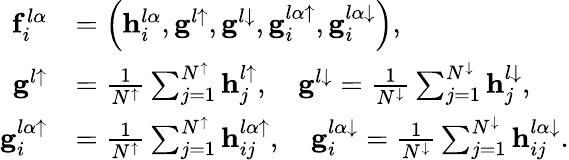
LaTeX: \begin{array}{rl}{\mathbf{f}_{i}^{l\alpha}}&{=\left(\mathbf{h}_{i}^{l\alpha},\mathbf{g}^{l\uparrow},\mathbf{g}^{l\downarrow},\mathbf{g}_{i}^{l\alpha\uparrow},\mathbf{g}_{i}^{l\alpha\downarrow}\right),}\\ {\mathbf{g}^{l\uparrow}}&{=\frac{1}{N^{\uparrow}}\sum_{j=1}^{N^{\uparrow}}\mathbf{h}_{j}^{l\uparrow},\quad\mathbf{g}^{l\downarrow}=\frac{1}{N^{\downarrow}}\sum_{j=1}^{N^{\downarrow}}\mathbf{h}_{j}^{l\downarrow},}\\ {\mathbf{g}_{i}^{l\alpha\uparrow}}&{=\frac{1}{N^{\uparrow}}\sum_{j=1}^{N^{\uparrow}}\mathbf{h}_{ij}^{l\alpha\uparrow},\quad\mathbf{g}_{i}^{l\alpha\downarrow}=\frac{1}{N^{\downarrow}}\sum_{j=1}^{N^{\downarrow}}\mathbf{h}_{ij}^{l\alpha\downarrow}.}\end{array}